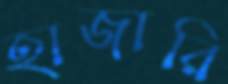
হাজারি